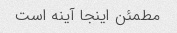
مطمئن اینجا آینه است